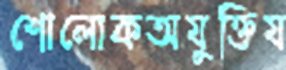
শোলোকঅযুক্তিয